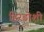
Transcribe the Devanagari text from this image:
हिरडोशी